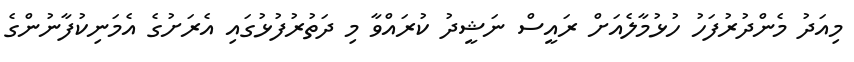
މިއަދު މެންދުރުފަހު ހުޅުމާލެއަށް ރައީސް ނަޝީދު ކުރައްވާ މި ދަތުރުފުޅުގައި އެރަށުގެ އެމަނިކުފާނުންގެ